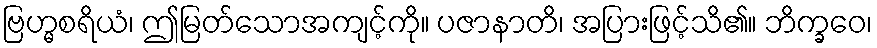
ဗြဟ္မစရိယံ၊ ဤမြတ်သောအကျင့်ကို။ ပဇာနာတိ၊ အပြားဖြင့်သိ၏။ ဘိက္ခဝေ၊